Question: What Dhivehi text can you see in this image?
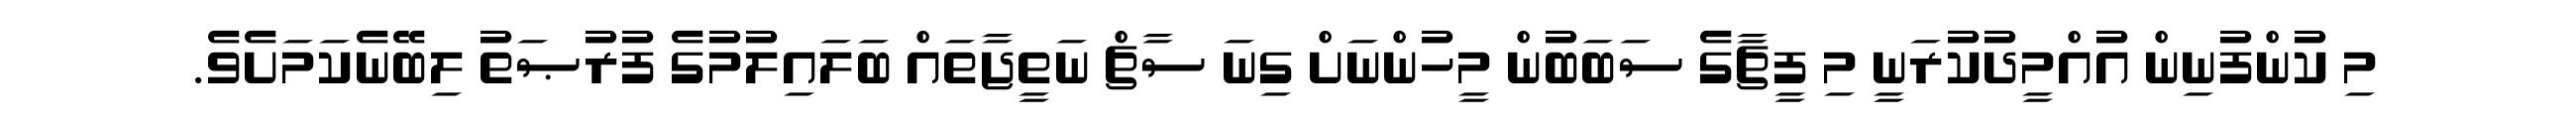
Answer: މި ކުންފުނިން އުއްމީދުކުރަނީ މި ފީޗާގެ ސަބަބުން މީހުންނަށް ގިނަ ސާޗް ނަތީޖާތައް ބަލައިލުމުގެ ފުރުޞަތު ލިބޭނެކަމަށެވެ.